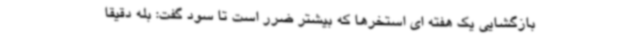
بازگشایی یک هفته ای استخرها که بیشتر ضرر است تا سود گفت: بله دقیقا